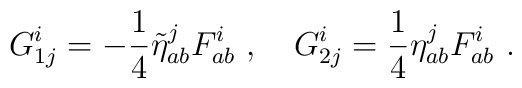
G^i_{1j} = -\frac{1}{4}\tilde\eta^j_{ab}F^{ i}_{ab}\ ,\quad G^i_{2j} = \frac{1}{4}\eta^j_{ab}F^{ i}_{ab}\ .